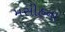
મસીહના